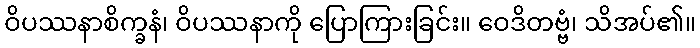
ဝိပဿနာစိက္ခနံ၊ ဝိပဿနာကို ပြောကြားခြင်း။ ဝေဒိတဗ္ဗံ၊ သိအပ်၏။